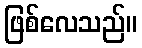
ဖြစ်လေသည်။